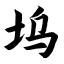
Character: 坞